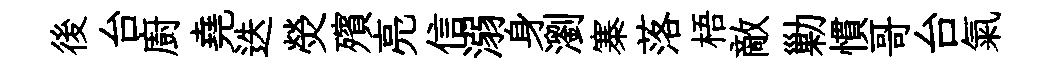
後台廚堯迭熒殯亮信溺身瀏寨落梧敵勦慣哥台氣